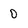
Character: 0